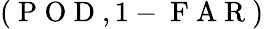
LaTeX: (\mathrm{~P~O~D~},1-\mathrm{~F~A~R~})